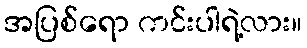
အပြစ်ရော ကင်းပါရဲ့လား။